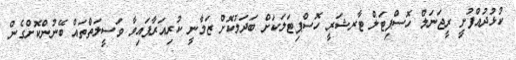
ކުޅުދުއްފުށީ ރީޖަނަލް ހޮސްޕިޓަލް ޓާރޝަރީ ހޮސްޕިޓަލަކަށް ބަދަލުކޮށް ޒަމާނީ ކުރިއަރާފައިވާ ވަސީލަތްތައް ބޭނުންކޮށްގެން